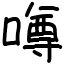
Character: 噂